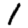
Digit: 1